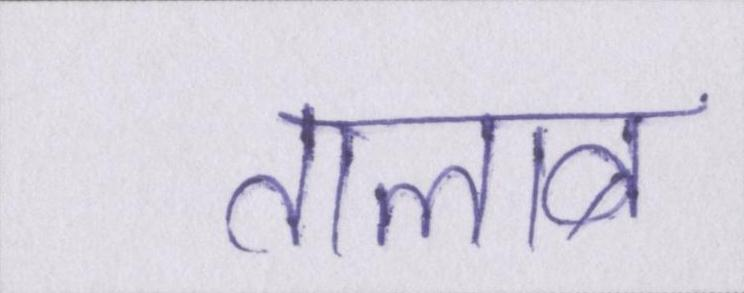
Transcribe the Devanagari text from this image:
तालाब